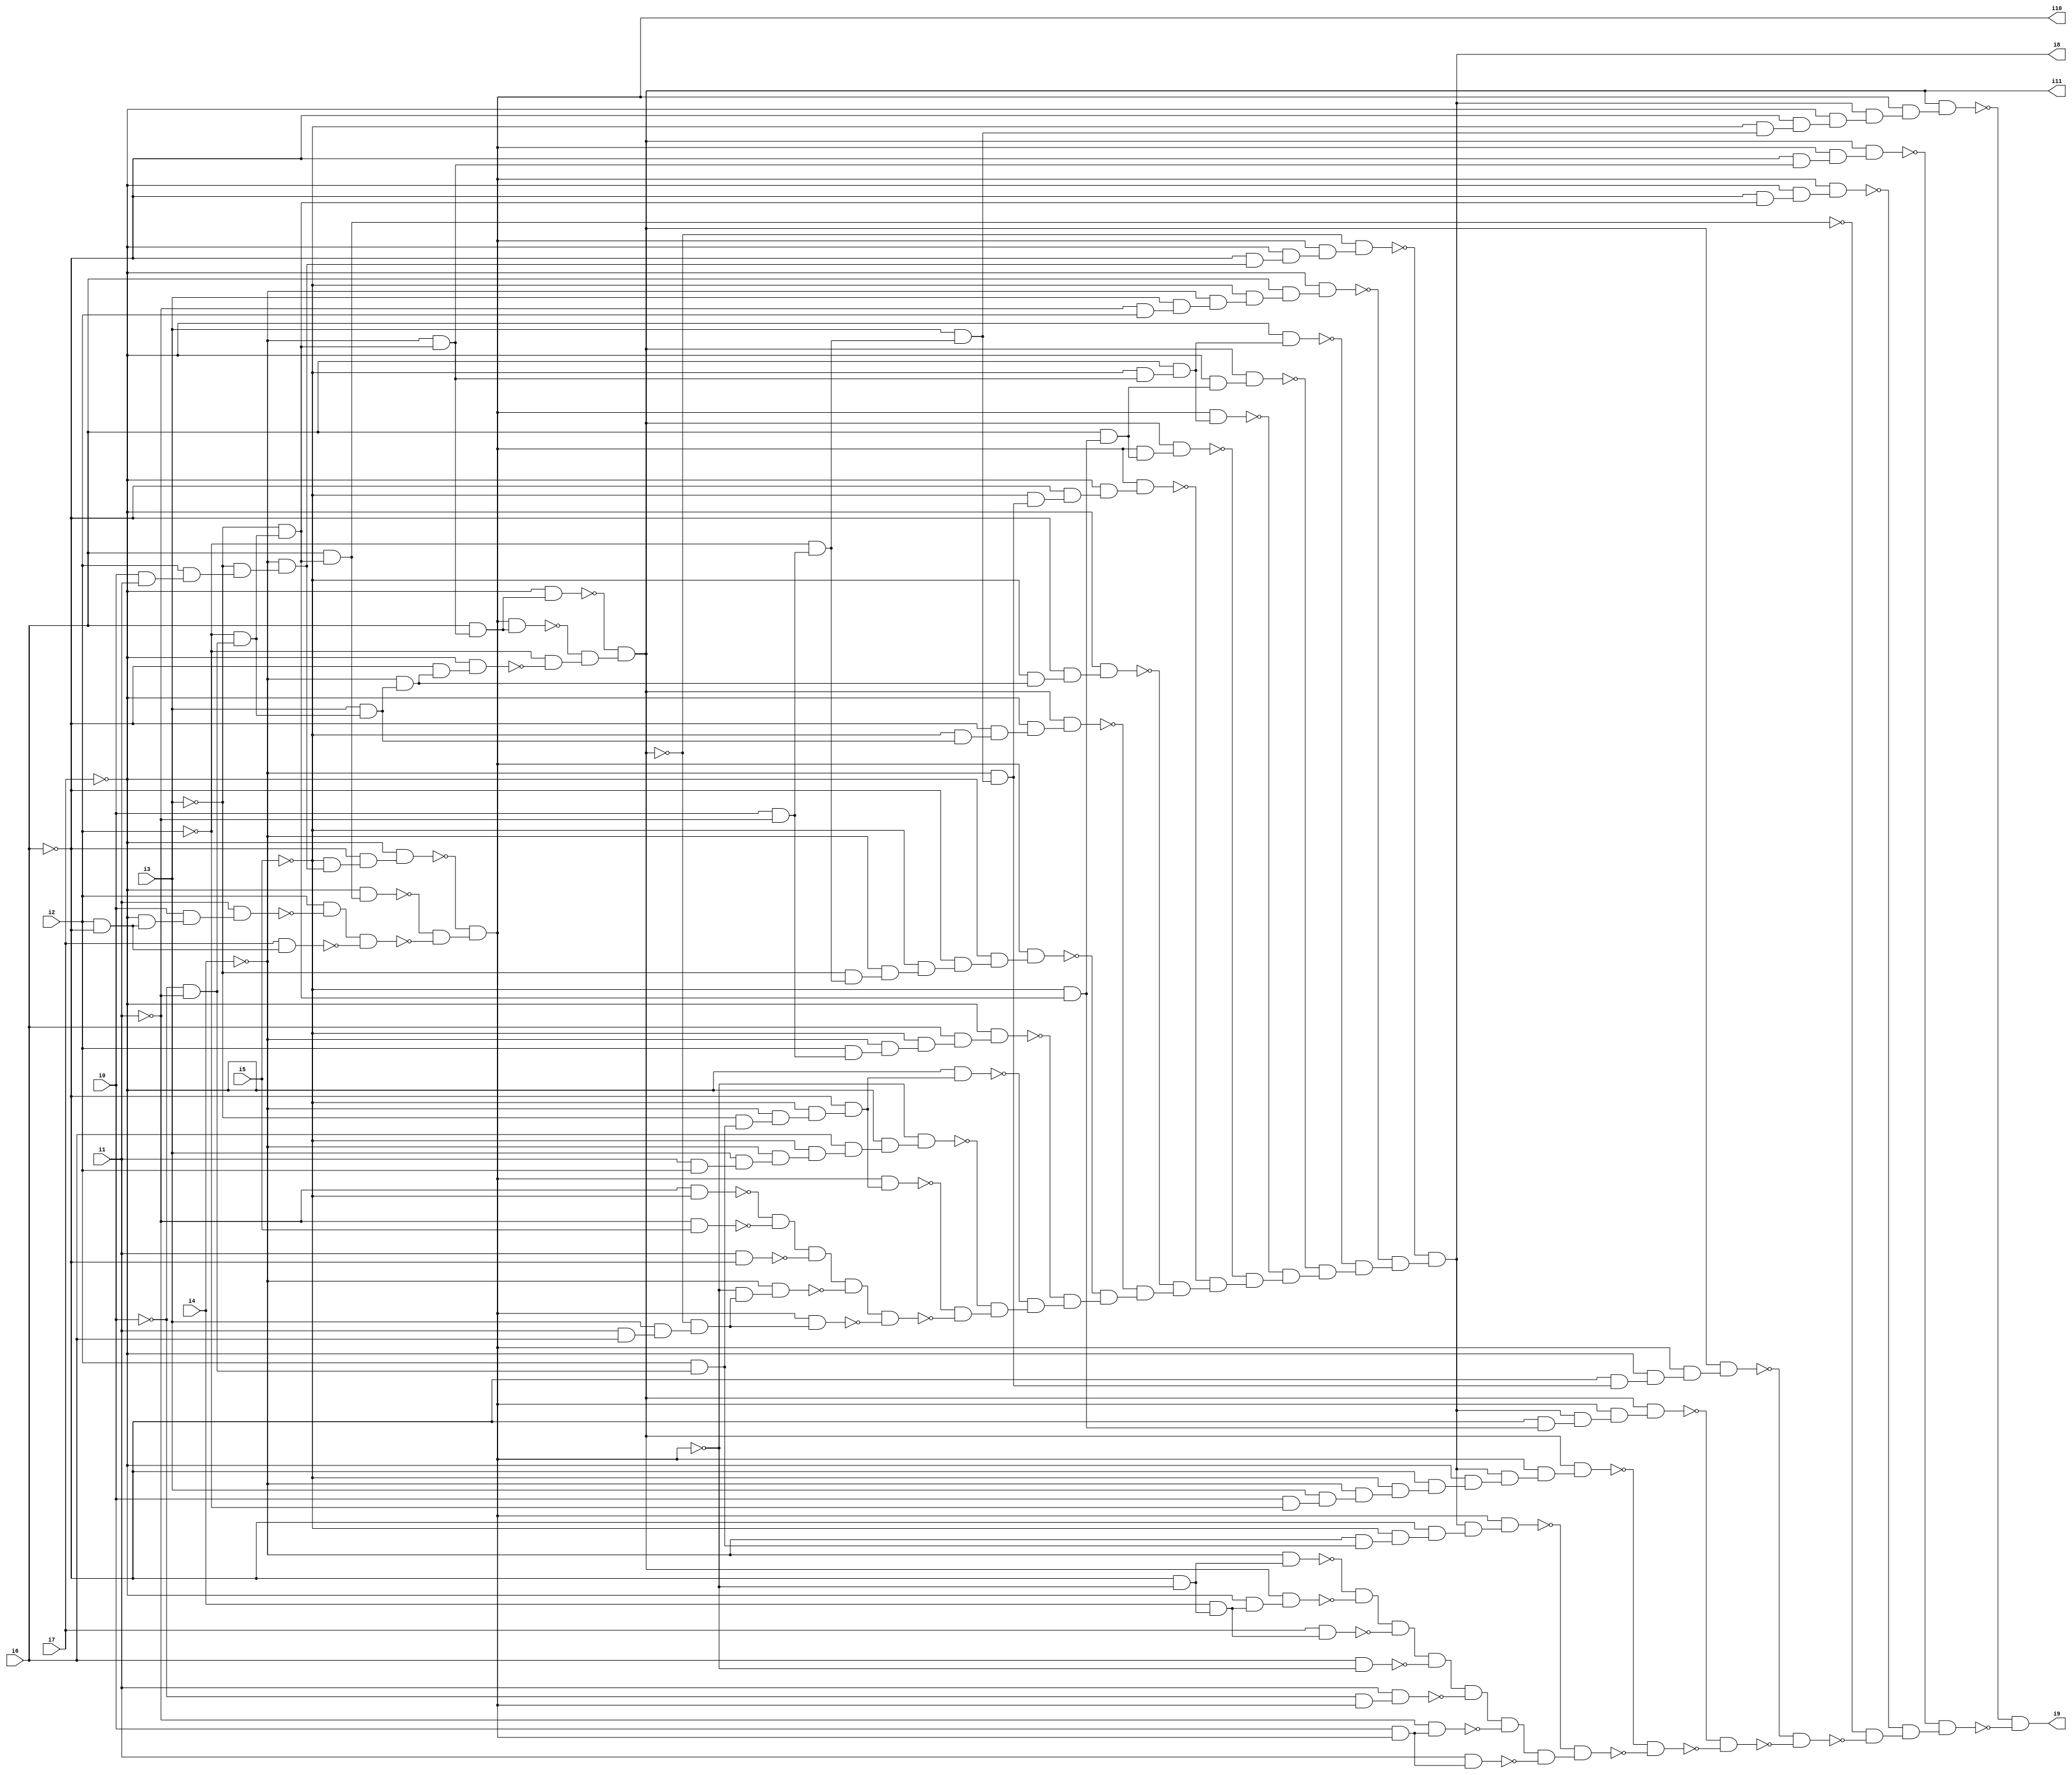
// Benchmark "SKOLEMFORMULA" written by ABC on Mon May  4 05:28:04 2020

module SKOLEMFORMULA ( 
    i0, i1, i2, i3, i4, i5, i6, i7,
    i8, i9, i10, i11  );
  input  i0, i1, i2, i3, i4, i5, i6, i7;
  output i8, i9, i10, i11;
  wire n13, n14, n15, n16, n17, n18, n19, n20, n21, n22, n23, n24, n25, n26,
    n27, n28, n29, n30, n31, n32, n33, n34, n35, n36, n38, n39, n40, n41,
    n42, n43, n45, n46, n47, n48, n49, n50, n51, n52, n53, n54, n55, n56,
    n57, n58, n59, n60, n61, n62, n63, n64, n65, n66, n67, n68, n69, n70,
    n71, n72, n73, n74, n75, n76, n77, n78, n79, n80, n81, n82, n83, n84,
    n85, n86, n87, n88, n89, n90, n91, n92, n93, n94, n95, n96, n97, n98,
    n99, n100, n101, n102, n103, n104, n105, n106, n107, n108, n109, n110,
    n111, n112, n113, n114, n115, n116, n117, n118, n119, n120, n121, n122,
    n123, n124, n125, n126, n127, n128, n129, n130, n132, n133, n134, n135,
    n136, n137, n138, n139, n140, n141, n142, n143, n144, n145, n146, n147,
    n148, n149, n150, n151, n152, n153, n154, n155, n156, n157, n158, n159,
    n160, n161, n162, n163, n164, n165, n166, n167, n168, n169, n170, n171,
    n172, n173, n174, n175, n176, n177, n178, n179, n180, n181, n182, n183,
    n184, n185, n186, n187, n188, n189, n190;
  assign n13 = ~i0 & ~i1;
  assign n14 = ~i2 & n13;
  assign n15 = i3 & n14;
  assign n16 = ~i4 & n15;
  assign n17 = ~i6 & n16;
  assign n18 = ~i7 & n17;
  assign n19 = ~i3 & n14;
  assign n20 = i6 & n19;
  assign n21 = ~i7 & n20;
  assign n22 = i0 & i1;
  assign n23 = i2 & n22;
  assign n24 = ~i3 & n23;
  assign n25 = ~i4 & n24;
  assign n26 = ~i5 & n25;
  assign n27 = ~i6 & n26;
  assign n28 = ~i7 & n27;
  assign n29 = i2 & ~i6;
  assign n30 = ~i7 & n29;
  assign n31 = i0 & n30;
  assign n32 = i1 & n31;
  assign n33 = i2 & ~n32;
  assign n34 = i7 & n29;
  assign n35 = n33 & ~n34;
  assign n36 = ~n21 & ~n35;
  assign i10 = ~n28 & n36;
  assign n38 = ~i4 & n19;
  assign n39 = i6 & n38;
  assign n40 = i10 & n39;
  assign n41 = ~i7 & n39;
  assign n42 = ~i2 & ~n18;
  assign n43 = ~n40 & n42;
  assign i11 = ~n41 & n43;
  assign n45 = i2 & n13;
  assign n46 = ~i3 & n45;
  assign n47 = ~i4 & n46;
  assign n48 = ~i5 & n47;
  assign n49 = ~i6 & n48;
  assign n50 = i10 & n49;
  assign n51 = i1 & i2;
  assign n52 = i3 & n51;
  assign n53 = ~i4 & n52;
  assign n54 = ~i5 & n53;
  assign n55 = i6 & n54;
  assign n56 = ~i7 & n55;
  assign n57 = ~i10 & n56;
  assign n58 = ~i7 & n49;
  assign n59 = i0 & ~i1;
  assign n60 = i2 & n59;
  assign n61 = ~i4 & n60;
  assign n62 = ~i5 & n61;
  assign n63 = i6 & n62;
  assign n64 = ~i7 & n63;
  assign n65 = ~i2 & n59;
  assign n66 = ~i3 & n65;
  assign n67 = ~i4 & n66;
  assign n68 = ~i5 & n67;
  assign n69 = ~i6 & n68;
  assign n70 = ~i7 & n69;
  assign n71 = i10 & n70;
  assign n72 = ~i5 & n15;
  assign n73 = ~i6 & n72;
  assign n74 = ~i7 & n73;
  assign n75 = i11 & n74;
  assign n76 = ~i5 & n16;
  assign n77 = ~i6 & n76;
  assign n78 = ~i7 & n77;
  assign n79 = i3 & n65;
  assign n80 = ~i4 & n79;
  assign n81 = ~i5 & n80;
  assign n82 = ~i6 & n81;
  assign n83 = ~i7 & n82;
  assign n84 = i10 & n83;
  assign n85 = ~i5 & n19;
  assign n86 = i6 & n85;
  assign n87 = i10 & n86;
  assign n88 = i11 & n87;
  assign n89 = ~i5 & n38;
  assign n90 = i6 & n89;
  assign n91 = i10 & n90;
  assign n92 = ~i7 & n86;
  assign n93 = i11 & n92;
  assign n94 = ~i7 & n90;
  assign n95 = ~i1 & i2;
  assign n96 = i3 & n95;
  assign n97 = ~i4 & n96;
  assign n98 = ~i5 & n97;
  assign n99 = i6 & n98;
  assign n100 = ~i7 & n99;
  assign n101 = ~i6 & n25;
  assign n102 = ~i7 & n101;
  assign n103 = i10 & n102;
  assign n104 = ~i11 & n103;
  assign n105 = ~i1 & ~i5;
  assign n106 = ~i1 & i5;
  assign n107 = ~n105 & ~n106;
  assign n108 = i1 & ~i6;
  assign n109 = n107 & ~n108;
  assign n110 = i1 & i6;
  assign n111 = i3 & n110;
  assign n112 = ~i11 & n111;
  assign n113 = ~i10 & n112;
  assign n114 = ~i4 & n113;
  assign n115 = n109 & ~n114;
  assign n116 = i10 & n112;
  assign n117 = n115 & ~n116;
  assign n118 = ~n50 & ~n117;
  assign n119 = ~n57 & n118;
  assign n120 = ~n58 & n119;
  assign n121 = ~n64 & n120;
  assign n122 = ~n71 & n121;
  assign n123 = ~n75 & n122;
  assign n124 = ~n78 & n123;
  assign n125 = ~n84 & n124;
  assign n126 = ~n88 & n125;
  assign n127 = ~n91 & n126;
  assign n128 = ~n93 & n127;
  assign n129 = ~n94 & n128;
  assign n130 = ~n100 & n129;
  assign i8 = ~n104 & n130;
  assign n132 = ~i4 & n45;
  assign n133 = ~i5 & n132;
  assign n134 = ~i6 & n133;
  assign n135 = i8 & n134;
  assign n136 = i10 & n135;
  assign n137 = i0 & ~i2;
  assign n138 = i3 & n137;
  assign n139 = ~i4 & n138;
  assign n140 = ~i5 & n139;
  assign n141 = ~i6 & n140;
  assign n142 = ~i7 & n141;
  assign n143 = i8 & n142;
  assign n144 = i10 & n143;
  assign n145 = i11 & n144;
  assign n146 = ~i6 & n85;
  assign n147 = i8 & n146;
  assign n148 = i10 & n147;
  assign n149 = i11 & n148;
  assign n150 = ~i6 & n80;
  assign n151 = ~i7 & n150;
  assign n152 = i10 & n151;
  assign n153 = i11 & n152;
  assign n154 = ~i6 & n19;
  assign n155 = ~i7 & n154;
  assign n156 = i10 & n155;
  assign n157 = ~i6 & n38;
  assign n158 = i10 & n157;
  assign n159 = i11 & n158;
  assign n160 = ~i5 & n79;
  assign n161 = ~i6 & n160;
  assign n162 = ~i7 & n161;
  assign n163 = i8 & n162;
  assign n164 = i10 & n163;
  assign n165 = i11 & n164;
  assign n166 = ~i6 & ~i10;
  assign n167 = ~i4 & n166;
  assign n168 = i4 & n166;
  assign n169 = ~i7 & n168;
  assign n170 = i11 & n169;
  assign n171 = ~n167 & ~n170;
  assign n172 = i7 & n168;
  assign n173 = n171 & ~n172;
  assign n174 = i6 & ~i10;
  assign n175 = n173 & ~n174;
  assign n176 = ~i0 & i10;
  assign n177 = i1 & n176;
  assign n178 = n175 & ~n177;
  assign n179 = i0 & i10;
  assign n180 = ~i1 & n179;
  assign n181 = n178 & ~n180;
  assign n182 = i1 & n179;
  assign n183 = n181 & ~n182;
  assign n184 = ~n136 & n183;
  assign n185 = ~n145 & ~n184;
  assign n186 = ~n149 & ~n185;
  assign n187 = ~n153 & ~n186;
  assign n188 = ~n20 & ~n187;
  assign n189 = ~n156 & n188;
  assign n190 = ~n159 & n189;
  assign i9 = ~n165 & ~n190;
endmodule